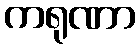
ကရုဏာ